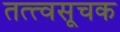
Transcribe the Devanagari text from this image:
तत्त्वसूचक